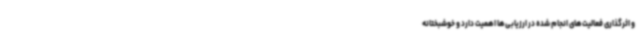
و اثرگذاری فعالیت‌های انجام شده در ارزیابی‌ها اهمیت دارد و خوشبختانه